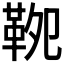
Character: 𩊁